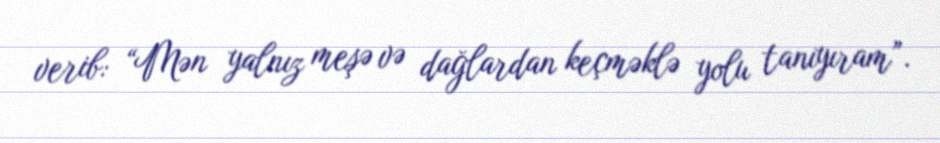
verib: “Mən yalnız meşə və dağlardan keçməklə yolu tanıyıram”.